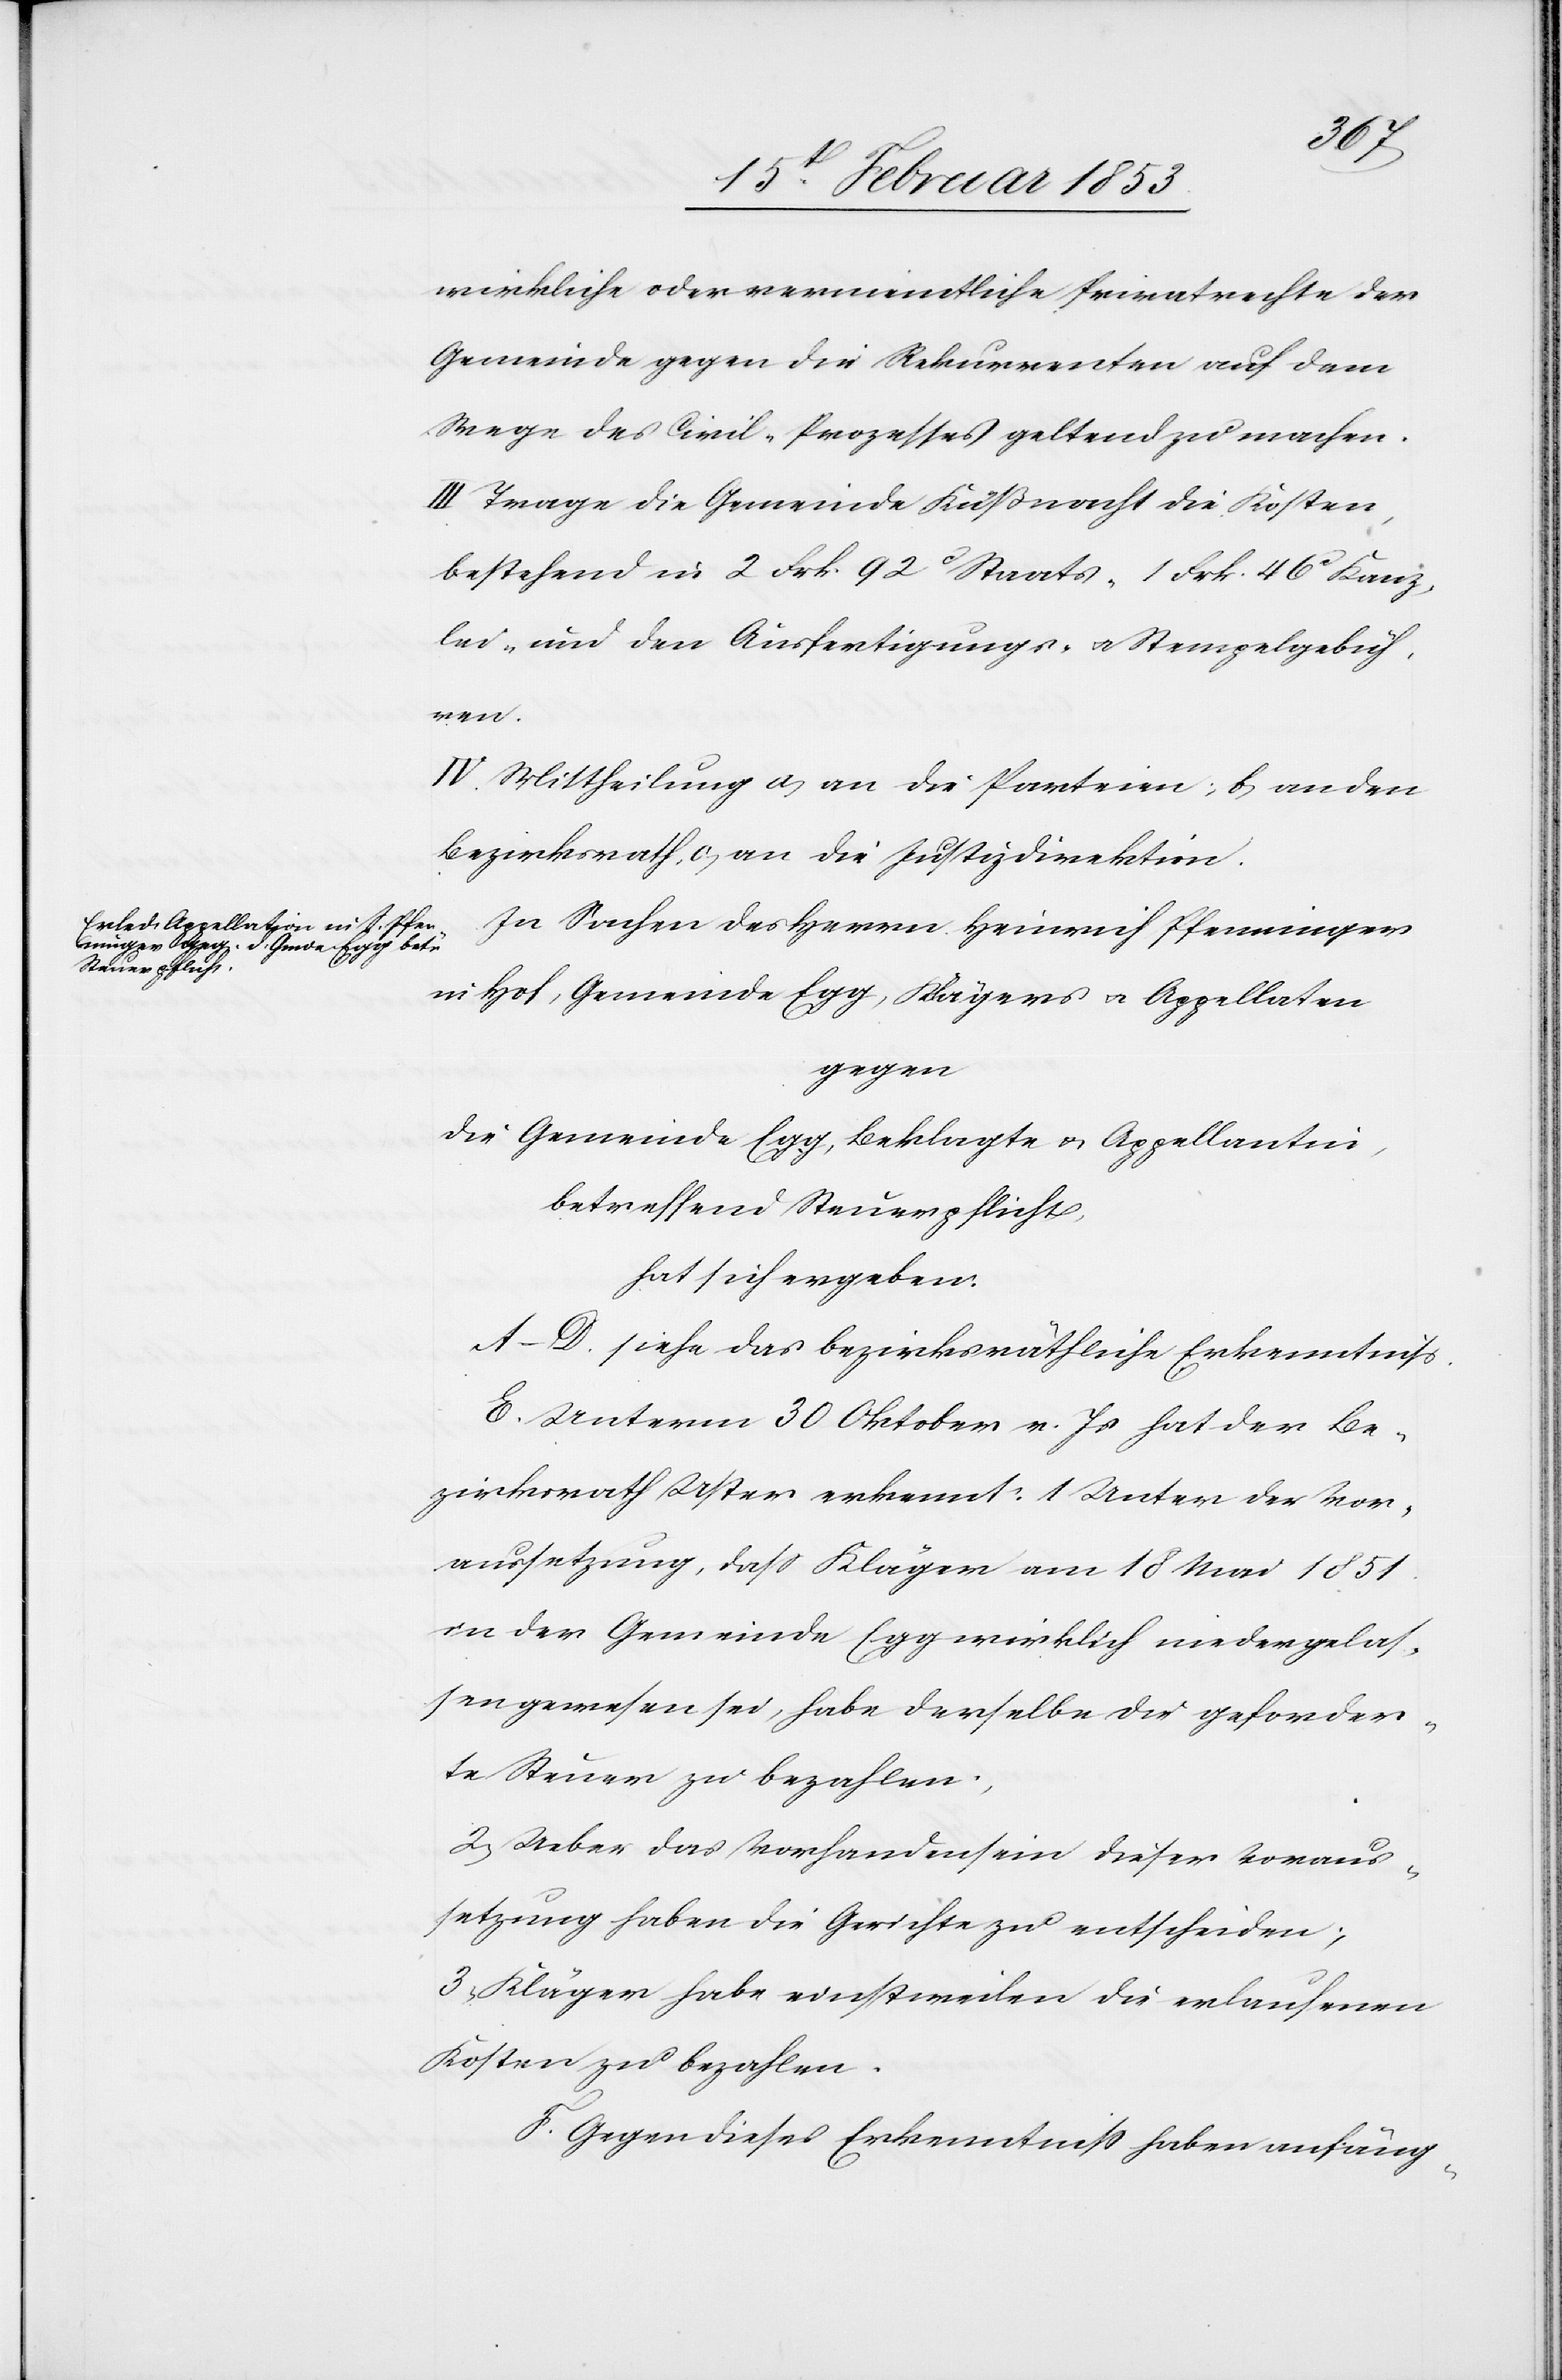
wirkliche oder vermeintliche Privatrechte der
Gemeinde gegen die Rekurrenten auf dem
Wege des Civil-Prozesses geltend zu machen.
III. Trage die Gemeinde Küßnacht die Kosten,
bestehend in 2 Frk. 92 cs Staats- 1 Frk. 46 cs Kanz¬
lei- und den Ausfertigungs- u. Stempelgebüh¬
ren.
IV. Mittheilung a, an die Parteien, b, an den
Bezirksrath, c, an die Justizdirektion.
In Sachen des Herrn Heinrich Pfenninger
in Hof, Gemeinde Egg, Klägers v. Appellaten
gegen
die Gemeinde Egg, Beklagte u. Appellantin,
betreffend Steuerpflicht,
hat sich ergeben:
A–D. siehe das bezirksräthliche Erkenntniß.
E. Unterm 30 Oktober v. Js. hat der Be¬
zirksrath Uster erkennt: 1. Unter der Vor¬
aussetzung, daß Kläger am 18 Mai 1851
in der Gemeinde Egg wirklich niedergelas¬
sen gewesen sei, habe derselbe die geforder¬
te Steuer zu bezahlen,
2, Ueber das Vorhandensein dieser Voraus¬
setzung haben die Gerichte zu entscheiden,
3, Kläger habe einstweilen die erlaufenen
Kosten zu bezahlen.
F. Gegen diese Erkenntniß haben anfäng-